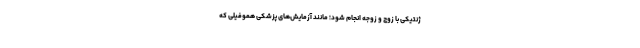
ژنتیکی با زوج و زوجه انجام شود؛ مانند آزمایش‌های پزشکی هموفیلی که